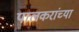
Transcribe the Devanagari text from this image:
पालकरांच्या